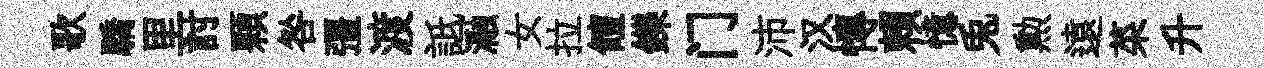
歌驕里討顆咎彊渡詆瀜女拉饘鑠门沛汉慱賴憶兎勲遠菜升